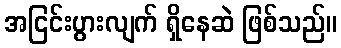
အငြင်းပွားလျက် ရှိနေဆဲ ဖြစ်သည်။